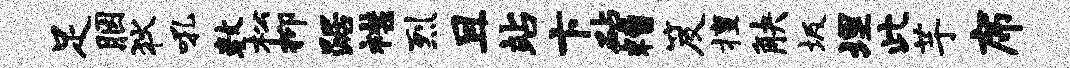
足胭狄吼数松抑踞襟烈且站卞砧糟笈擅觖圾埋此芋席